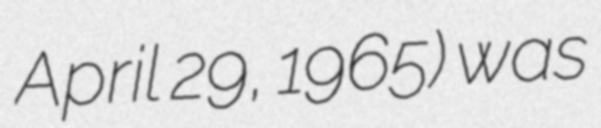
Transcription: April 29, 1965) was